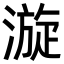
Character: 漩